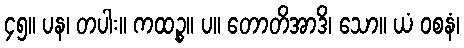
၄၅။ ပန၊ တပါး။ ကထဉ္စ။ ပ။ တောတိအာဒိ၊ သော။ ယံ ဝစနံ၊